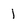
Character: 1